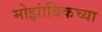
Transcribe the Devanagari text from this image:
मोझांबिकच्या